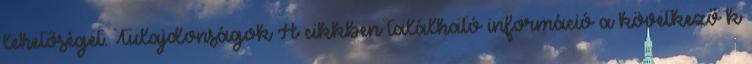
lehetőséget. Tulajdonságok A cikkben található információ a következő k